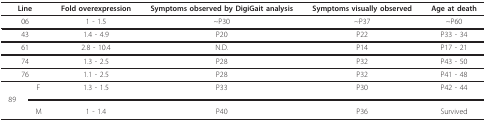
| <COLSPAN=2> Line | Fold overexpression | Symptoms observed by DigiGait analysis | Symptoms visually observed | Age at death |
 | --- | --- | --- | --- | --- | --- |
 | <COLSPAN=2> 06 | 1 - 1.5 | ~P30 | ~P37 | ~P60 |
 | <COLSPAN=2> 43 | 1.4 - 4.9 | P20 | P22 | P33 - 34 |
 | <COLSPAN=2> 61 | 2.8 - 10.4 | N.D. | P14 | P17 - 21 |
 | <COLSPAN=2> 74 | 1.3 - 2.5 | P28 | P32 | P43 - 50 |
 | <COLSPAN=2> 76 | 1.1 - 2.5 | P28 | P32 | P41 - 48 |
 |  | F | 1.3 - 1.5 | P33 | P30 | P42 - 44 |
 | 89 | <COLSPAN=5>  |
 |  | M | 1 - 1.4 | P40 | P36 | Survived |